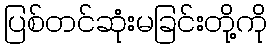
ပြစ်တင်ဆုံးမခြင်းတို့ကို